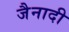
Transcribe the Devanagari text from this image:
जैनादी